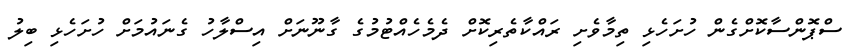
ސްޕޮންސާކޮށްގެން ހުށަހެޅި ތިމާވެށި ރައްކާތެރިކޮށް ދެމެހެއްޓުމުގެ ގާނޫނަށް އިސްލާހު ގެނައުމަށް ހުށަހެޅި ބިލު